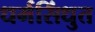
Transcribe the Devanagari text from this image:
धर्मसिंधुत